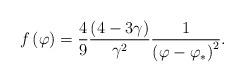
\begin{align*} f\left( \varphi \right) =\frac{4}{9}\frac{\left( 4-3\gamma \right)}{\gamma ^{2}}\frac{1}{\left(\varphi -\varphi_*\right) ^{2}}.\end{align*}